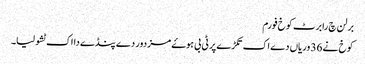
برلن چ رابرٹ کوخ فورم
کوخ نے 36 وریاں دے اک تکڑے پر ٹی بی ہوۓ مزدور دے پنڈے دا اک ٹشو لیا۔